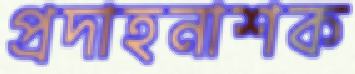
প্রদাহনাশক